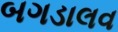
બગડાલવ